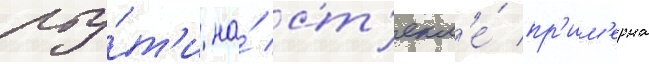
рту́т'и на́ ст'екл'е́ пр'им'ерна